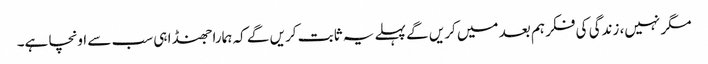
مگر نہیں، زندگی کی فکر ہم بعد میں کریں گے پہلے یہ ثابت کریں گے کہ ہمارا جھنڈا ہی سب سے اونچا ہے۔